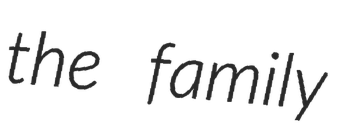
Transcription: the family